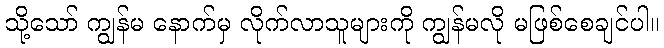
သို့သော် ကျွန်မ နောက်မှ လိုက်လာသူများကို ကျွန်မလို မဖြစ်စေချင်ပါ။